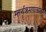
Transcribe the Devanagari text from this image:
मार्गक्रमणासाठी